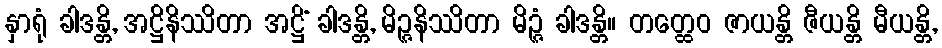
နှာရုံ ခါဒန္တိ, အဋ္ဌိနိဿိတာ အဋ္ဌိံ ခါဒန္တိ, မိဉ္ဇနိဿိတာ မိဉ္ဇံ ခါဒန္တိ။ တတ္ထေဝ ဇာယန္တိ ဇီယန္တိ မီယန္တိ,